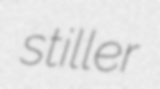
stiller